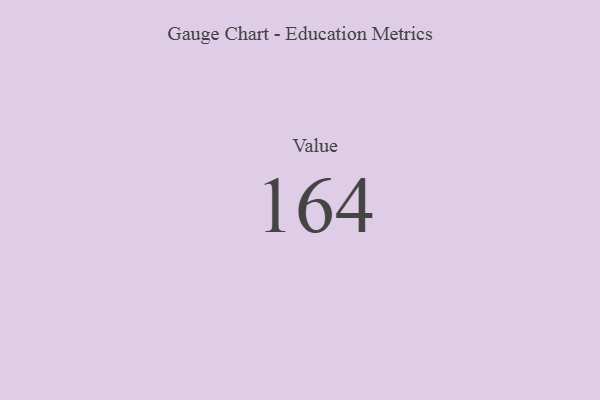
{"axis": {"x": "Metric", "y": "Value"}, "legend": [""], "data": [{"x": "Value", "y": 164, "type": ""}]}